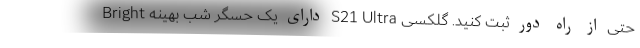
حتی از راه دور ثبت کنید. گلکسی S21 Ultra دارای یک حسگر شب بهینه Bright